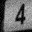
Digit: 4